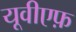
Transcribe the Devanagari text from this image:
यूवीएफ़